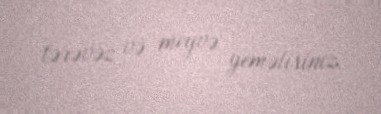
tərəvəz və meyvə yeməlisiniz.